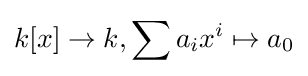
k[x]\to k,\sum a_{i}x^{i}\mapsto a_{0}